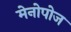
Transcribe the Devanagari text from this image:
मेनोपोज